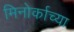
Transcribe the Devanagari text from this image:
मिनोर्काच्या